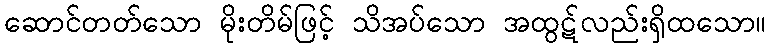
ဆောင်တတ်သော မိုးတိမ်ဖြင့် သိအပ်သော အထွဋ်လည်းရှိထသော။